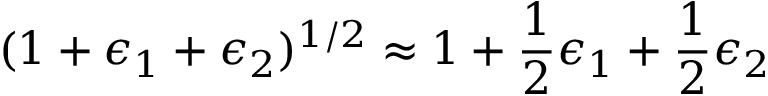
( 1 + \epsilon _ { 1 } + \epsilon _ { 2 } ) ^ { 1 / 2 } \approx 1 + \frac { 1 } { 2 } \epsilon _ { 1 } + \frac { 1 } { 2 } \epsilon _ { 2 }